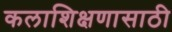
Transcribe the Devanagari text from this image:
कलाशिक्षणासाठी